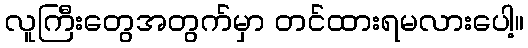
လူကြီးတွေအတွက်မှာ တင်ထားရမလားပေါ့။